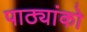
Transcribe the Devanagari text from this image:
पाठ्यांको